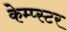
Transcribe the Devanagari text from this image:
केम्प्स्टर